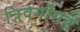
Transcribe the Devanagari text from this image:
त्रिवर्गासह